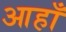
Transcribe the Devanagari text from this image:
आहाँ